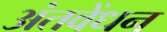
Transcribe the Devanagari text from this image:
अंतवेंधन